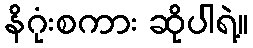
နိဂုံးစကား ဆိုပါရဲ့။